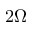
2 \Omega